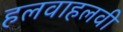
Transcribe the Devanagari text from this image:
हलवाहलवी